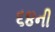
૬૪ની